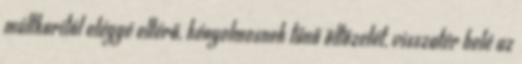
múltkoritól eléggé eltérő, kényelmesnek tűnő öltözetét, visszatér belé az